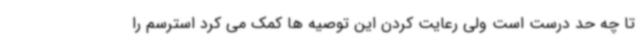
تا چه حد درست است ولی رعایت کردن این توصیه ها کمک می کرد استرسم را